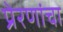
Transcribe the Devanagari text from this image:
प्रेरणांचा